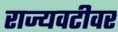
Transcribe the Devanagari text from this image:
राज्यवटीवर